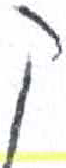
אות: ק